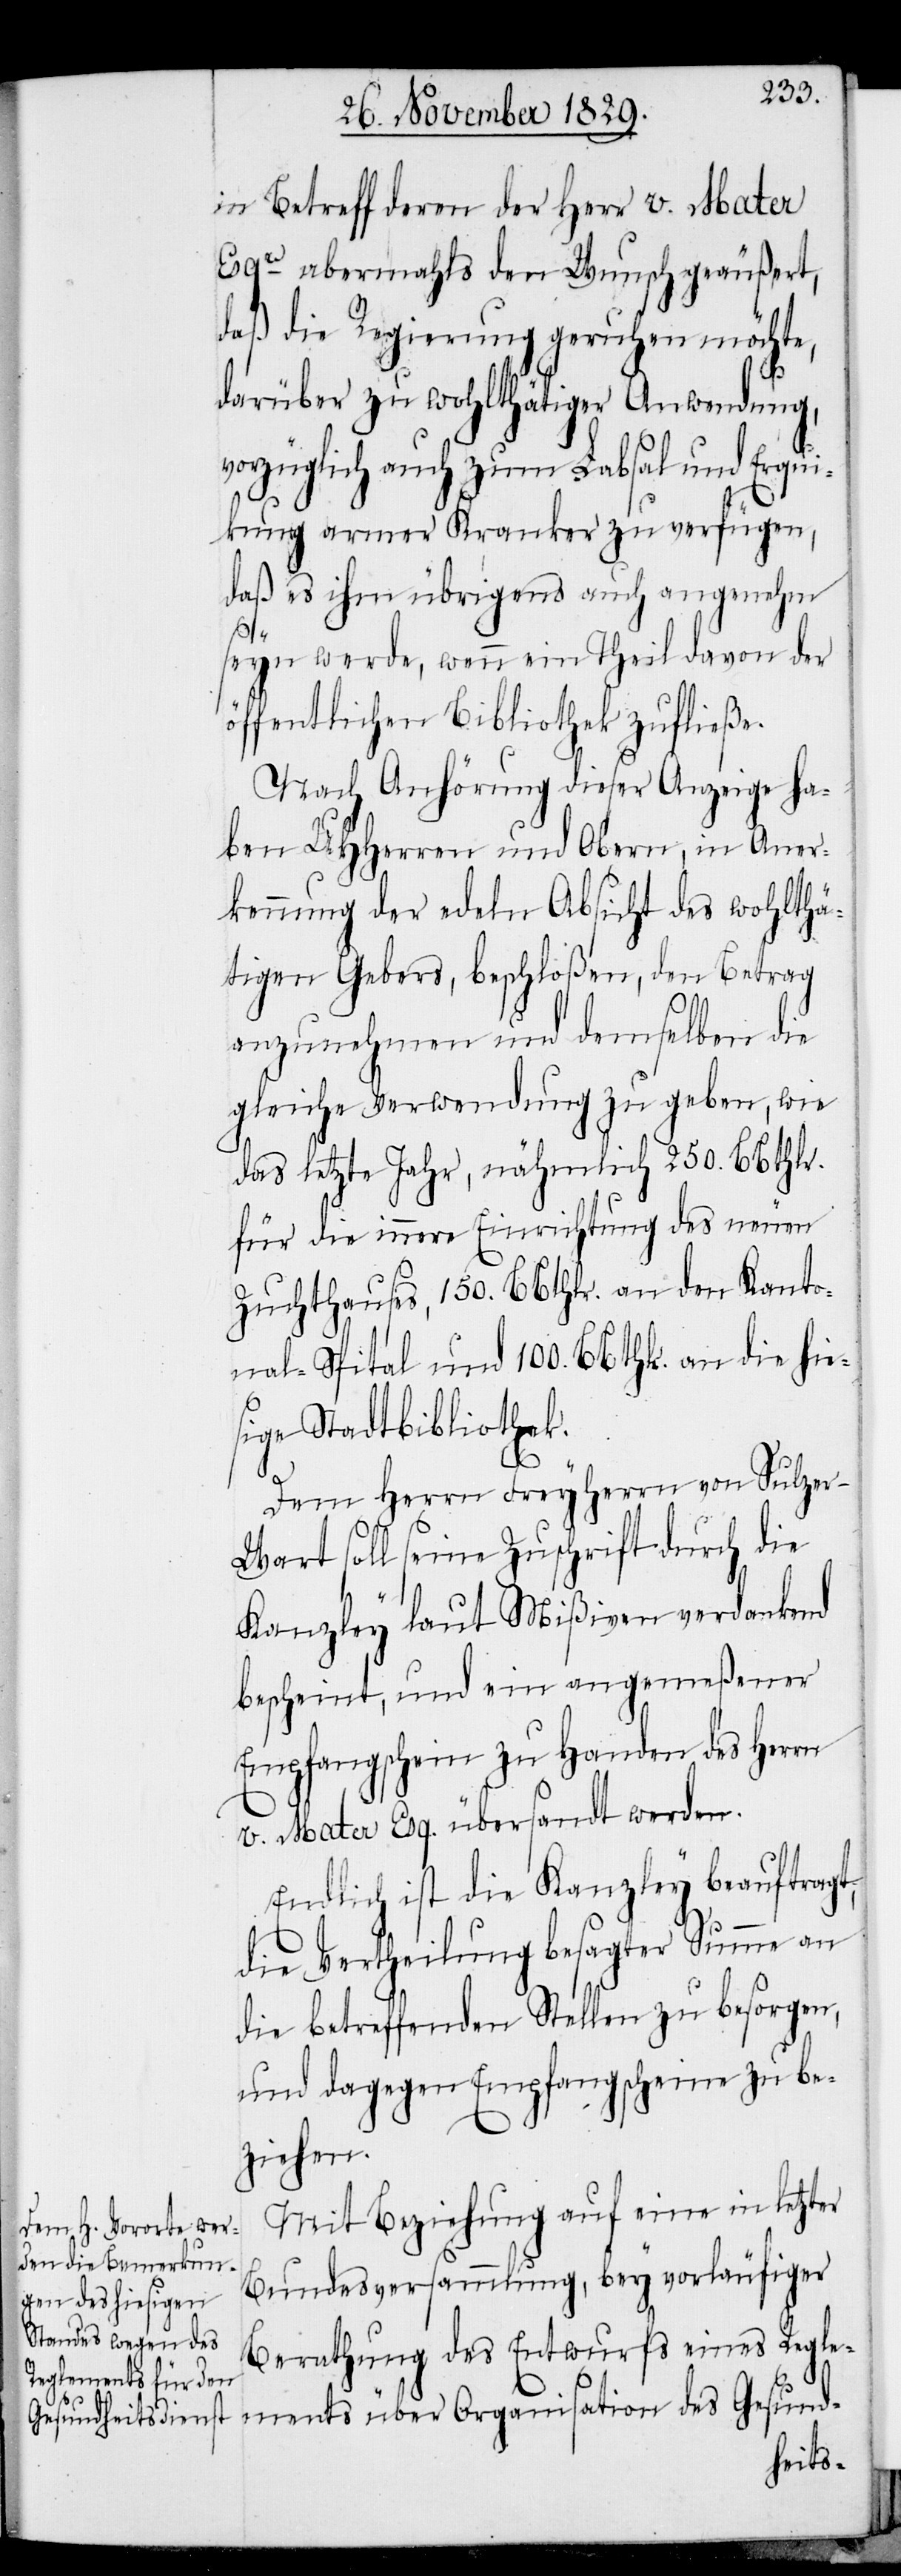
in Betreff deren der Herr v. Mater
Esqre abermahls den Wunsch geäußert,
daß die Regierung geruhen möchte,
darüber zu wohlthätiger Anwendung,
vorzüglich auch zum Labsal und Erqui¬
kung armer Kranker zu verfügen,
daß es ihm übrigens auch angenehm
seyn werde, wenn ein Theil davon der
öffentlichen Bibliothek zufließe.
Nach Anhörung dieser Anzeige ha¬
ben UHHerren und Obern, in Aner¬
kennung der edlen Absicht des wohlthä¬
tigen Gebers, beschloßen, den Betrag
anzunehmen und demselben die
gleiche Verwendung zu geben, wie
das letzte Jahr, nähmlich 250. BBthlr.
für die innere Einrichtung des neuen
Zuchthauses, 150. BBthlr. an den Kanto¬
nal-Spital und 100. BBthlr. an die hie¬
sige Stadtbibliothek.
Dem Herrn Freyherrn von Sulze¬
r-Wart soll seine Zuschrift durch die
Kanzley laut Mißiven verdankend
bescheint, und ein angemeßener
Empfangschein zu Handen des Herrn
v. Mater Esq. übersandt werden.
Endlich ist die Kanzley beauftragt,
die Vertheilung besagter Summe an
die betreffenden Stellen zu besorgen,
und dagegen Empfangscheine zu be¬
ziehen.
Mit Beziehung auf eine in letzter
Bundesversammlung, bey vorläufiger
Berathung des Entwurfs eines Regle¬
ments über Organisation des Gesund-